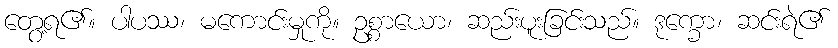
တွေ့ရ၏။ ပါပဿ၊ မကောင်းမှုကို။ ဥစ္စာယော၊ ဆည်းပူးခြင်းသည်။ ဒုက္ခော၊ ဆင်းရဲ၏